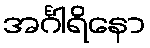
အင်္ဂါရိနော